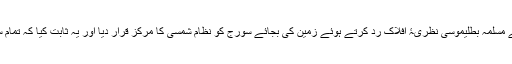
ابو اِسحاق اِبراہیم بن یحییٰ زرقالی قرطبی نے صدیوں سے مسلّمہ بطلیموسی نظریۂ اَفلاک ردّ کرتے ہوئے زمین کی بجائے سورج کو نظامِ شمسی کا مرکز قرار دیا اور یہ ثابت کیا کہ تمام سیارے بیضوی مداروںمیں سورج کے گرد گھومتے ہیں۔